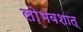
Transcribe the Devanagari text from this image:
लोभवशात्